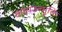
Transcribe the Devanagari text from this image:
वाष्पउन्मुक्ति